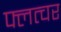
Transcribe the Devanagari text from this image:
फ्लत्चर